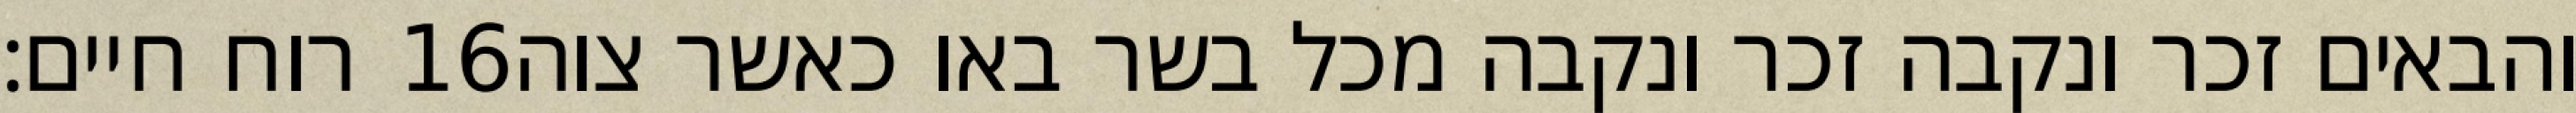
רוח חיים׃ ‎16‏ והבאים זכר ונקבה זכר ונקבה מכל בשר באו כאשר צוה